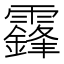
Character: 𩆨